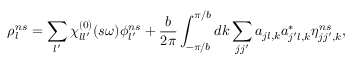
\rho _ { l } ^ { n s } = \sum _ { l ^ { \prime } } \chi _ { l l ^ { \prime } } ^ { ( 0 ) } ( s \omega ) \phi _ { l ^ { \prime } } ^ { n s } + \frac { b } { 2 \pi } \int _ { - \pi / b } ^ { \pi / b } d k \sum _ { j j ^ { \prime } } a _ { j l , k } a _ { j ^ { \prime } l , k } ^ { * } \eta _ { j j ^ { \prime } , k } ^ { n s } ,